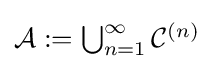
{\textstyle {\mathcal {A}}:=\bigcup _{n=1}^{\infty }{\mathcal {C}}^{(n)}}